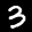
Label: 3